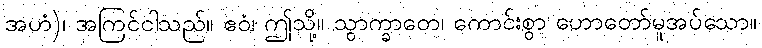
အဟံ)၊ အကြင်ငါသည်။ ဧဝံ၊ ဤသို့။ သွာက္ခာတေ၊ ကောင်းစွာ ဟောတော်မူအပ်သော။